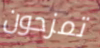
تمزحون